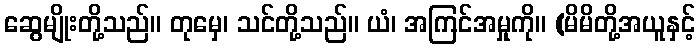
ဆွေမျိုးတို့သည်။ တုမှေ၊ သင်တို့သည်။ ယံ၊ အကြင်အမှုကို။ (မိမိတို့အယူနှင့်